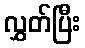
လွှတ်ပြီး